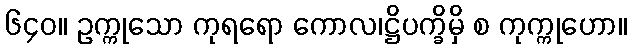
၆၄၀။ ဥက္ကုသော ကုရရော ကောလ၊ဋ္ဌိပက္ခိမှိ စ ကုက္ကုဟော။